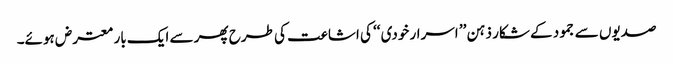
صدیوں سے جمود کے شکار ذہن ’’ اسرار خودی ‘‘ کی اشاعت کی طرح پھر سے ایک بار معترض ہوئے۔